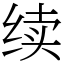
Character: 续